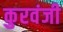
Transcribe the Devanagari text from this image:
कुरवंजी